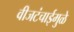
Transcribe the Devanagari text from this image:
वीजटंचाईमुळे